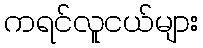
ကရင်လူငယ်များ